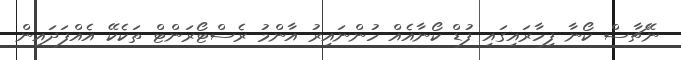
ނޭޗާސް ކޯނާ ފިހާރައިގައި ފުޑް ކޯނާއެއް ހުންނައިރު އާންމު ރެސްޓޯރަންޓް ތަކެކޭ އެއްފަދައިން